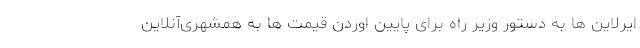
ایرلاین ها به دستور وزیر راه برای پایین اوردن قیمت ها به همشهری‌آنلاین